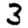
Digit: 3